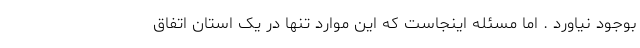
بوجود نیاورد . اما مسئله اینجاست که این موارد تنها در یک استان اتفاق